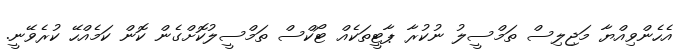
އެހެންވިއްޔާ މަޖިލިސް ތަމްސީލު ނުކުރާ ޕާޓީތަކެއް ޓޯކްސް ތަމްސީލުކޮށްގެން ކޮން ކަމެއްހޭ ކުރެވޭނީ.